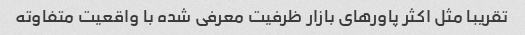
تقریبا مثل اکثر پاورهای بازار ظرفیت معرفی شده با واقعیت متفاوته